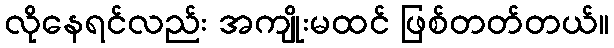
လိုနေရင်လည်း အကျိုးမထင် ဖြစ်တတ်တယ်။